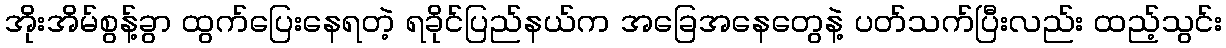
အိုးအိမ်စွန့်ခွာ ထွက်ပြေးနေရတဲ့ ရခိုင်ပြည်နယ်က အခြေအနေတွေနဲ့ ပတ်သက်ပြီးလည်း ထည့်သွင်း